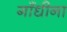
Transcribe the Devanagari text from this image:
गाँधीना